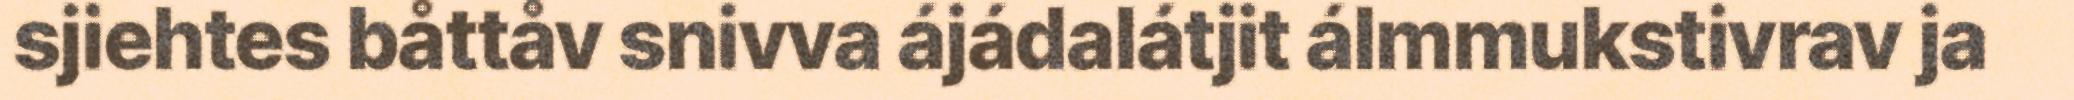
sjiehtes båttåv snivva ájádalátjit álmmukstivrav ja